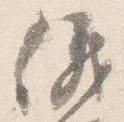
儀